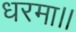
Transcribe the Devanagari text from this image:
धरमा।।